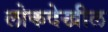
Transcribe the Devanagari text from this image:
लोकदेखील